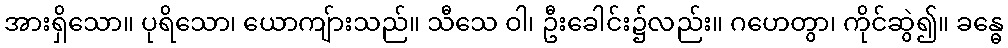
အားရှိသော။ ပုရိသော၊ ယောကျ်ားသည်။ သီသေ ဝါ၊ ဦးခေါင်း၌လည်း။ ဂဟေတွာ၊ ကိုင်ဆွဲ၍။ ခန္ဓေ